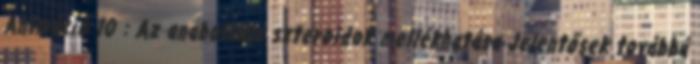
Animáció 10 : Az anabolikus szteroidok mellékhatása Jelentősek továbbá